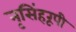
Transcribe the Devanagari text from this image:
नृसिंहरूपी